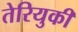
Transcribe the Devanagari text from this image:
तेरियुकी